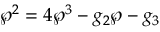
\wp ^ { 2 } = 4 \wp ^ { 3 } - g _ { 2 } \wp - g _ { 3 }